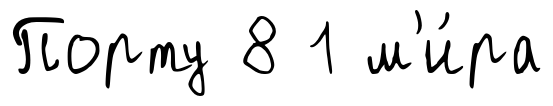
Порту 8 1 м'и́ра